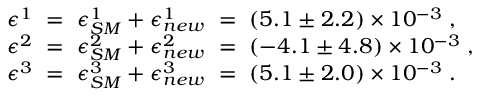
\begin{array} { l } { { \epsilon ^ { 1 } ~ = ~ \epsilon _ { S M } ^ { 1 } + \epsilon _ { n e w } ^ { 1 } ~ = ~ ( 5 . 1 \pm 2 . 2 ) \times 1 0 ^ { - 3 } \; , } } \\ { { \epsilon ^ { 2 } ~ = ~ \epsilon _ { S M } ^ { 2 } + \epsilon _ { n e w } ^ { 2 } ~ = ~ ( - 4 . 1 \pm 4 . 8 ) \times 1 0 ^ { - 3 } \; , } } \\ { { \epsilon ^ { 3 } ~ = ~ \epsilon _ { S M } ^ { 3 } + \epsilon _ { n e w } ^ { 3 } ~ = ~ ( 5 . 1 \pm 2 . 0 ) \times 1 0 ^ { - 3 } \; . } } \end{array}